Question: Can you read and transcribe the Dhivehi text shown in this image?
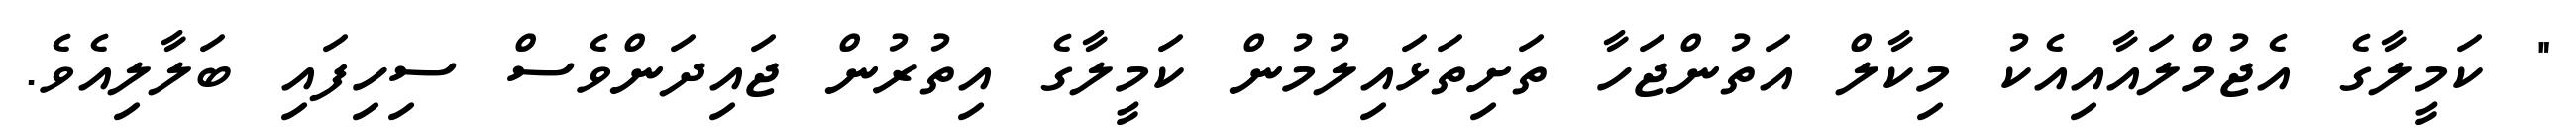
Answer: " ކަމީލާގެ އެޖުމްލައާއިއެކު މިކާލް އަތުންޖަހާ ތަށިތަޅައިލުމުން ކަމީލާގެ އިތުރުން ޖައިދަންވެސް ސިހިފައި ބަލާލިއެވެ.